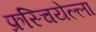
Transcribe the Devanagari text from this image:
फ्रस्चियेल्ला